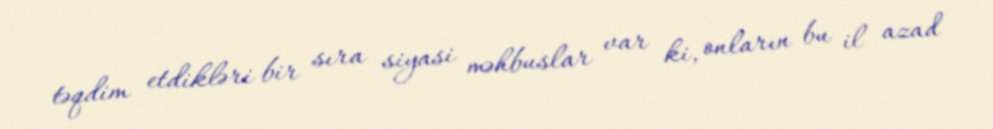
təqdim etdikləri bir sıra siyasi məhbuslar var ki, onların bu il azad